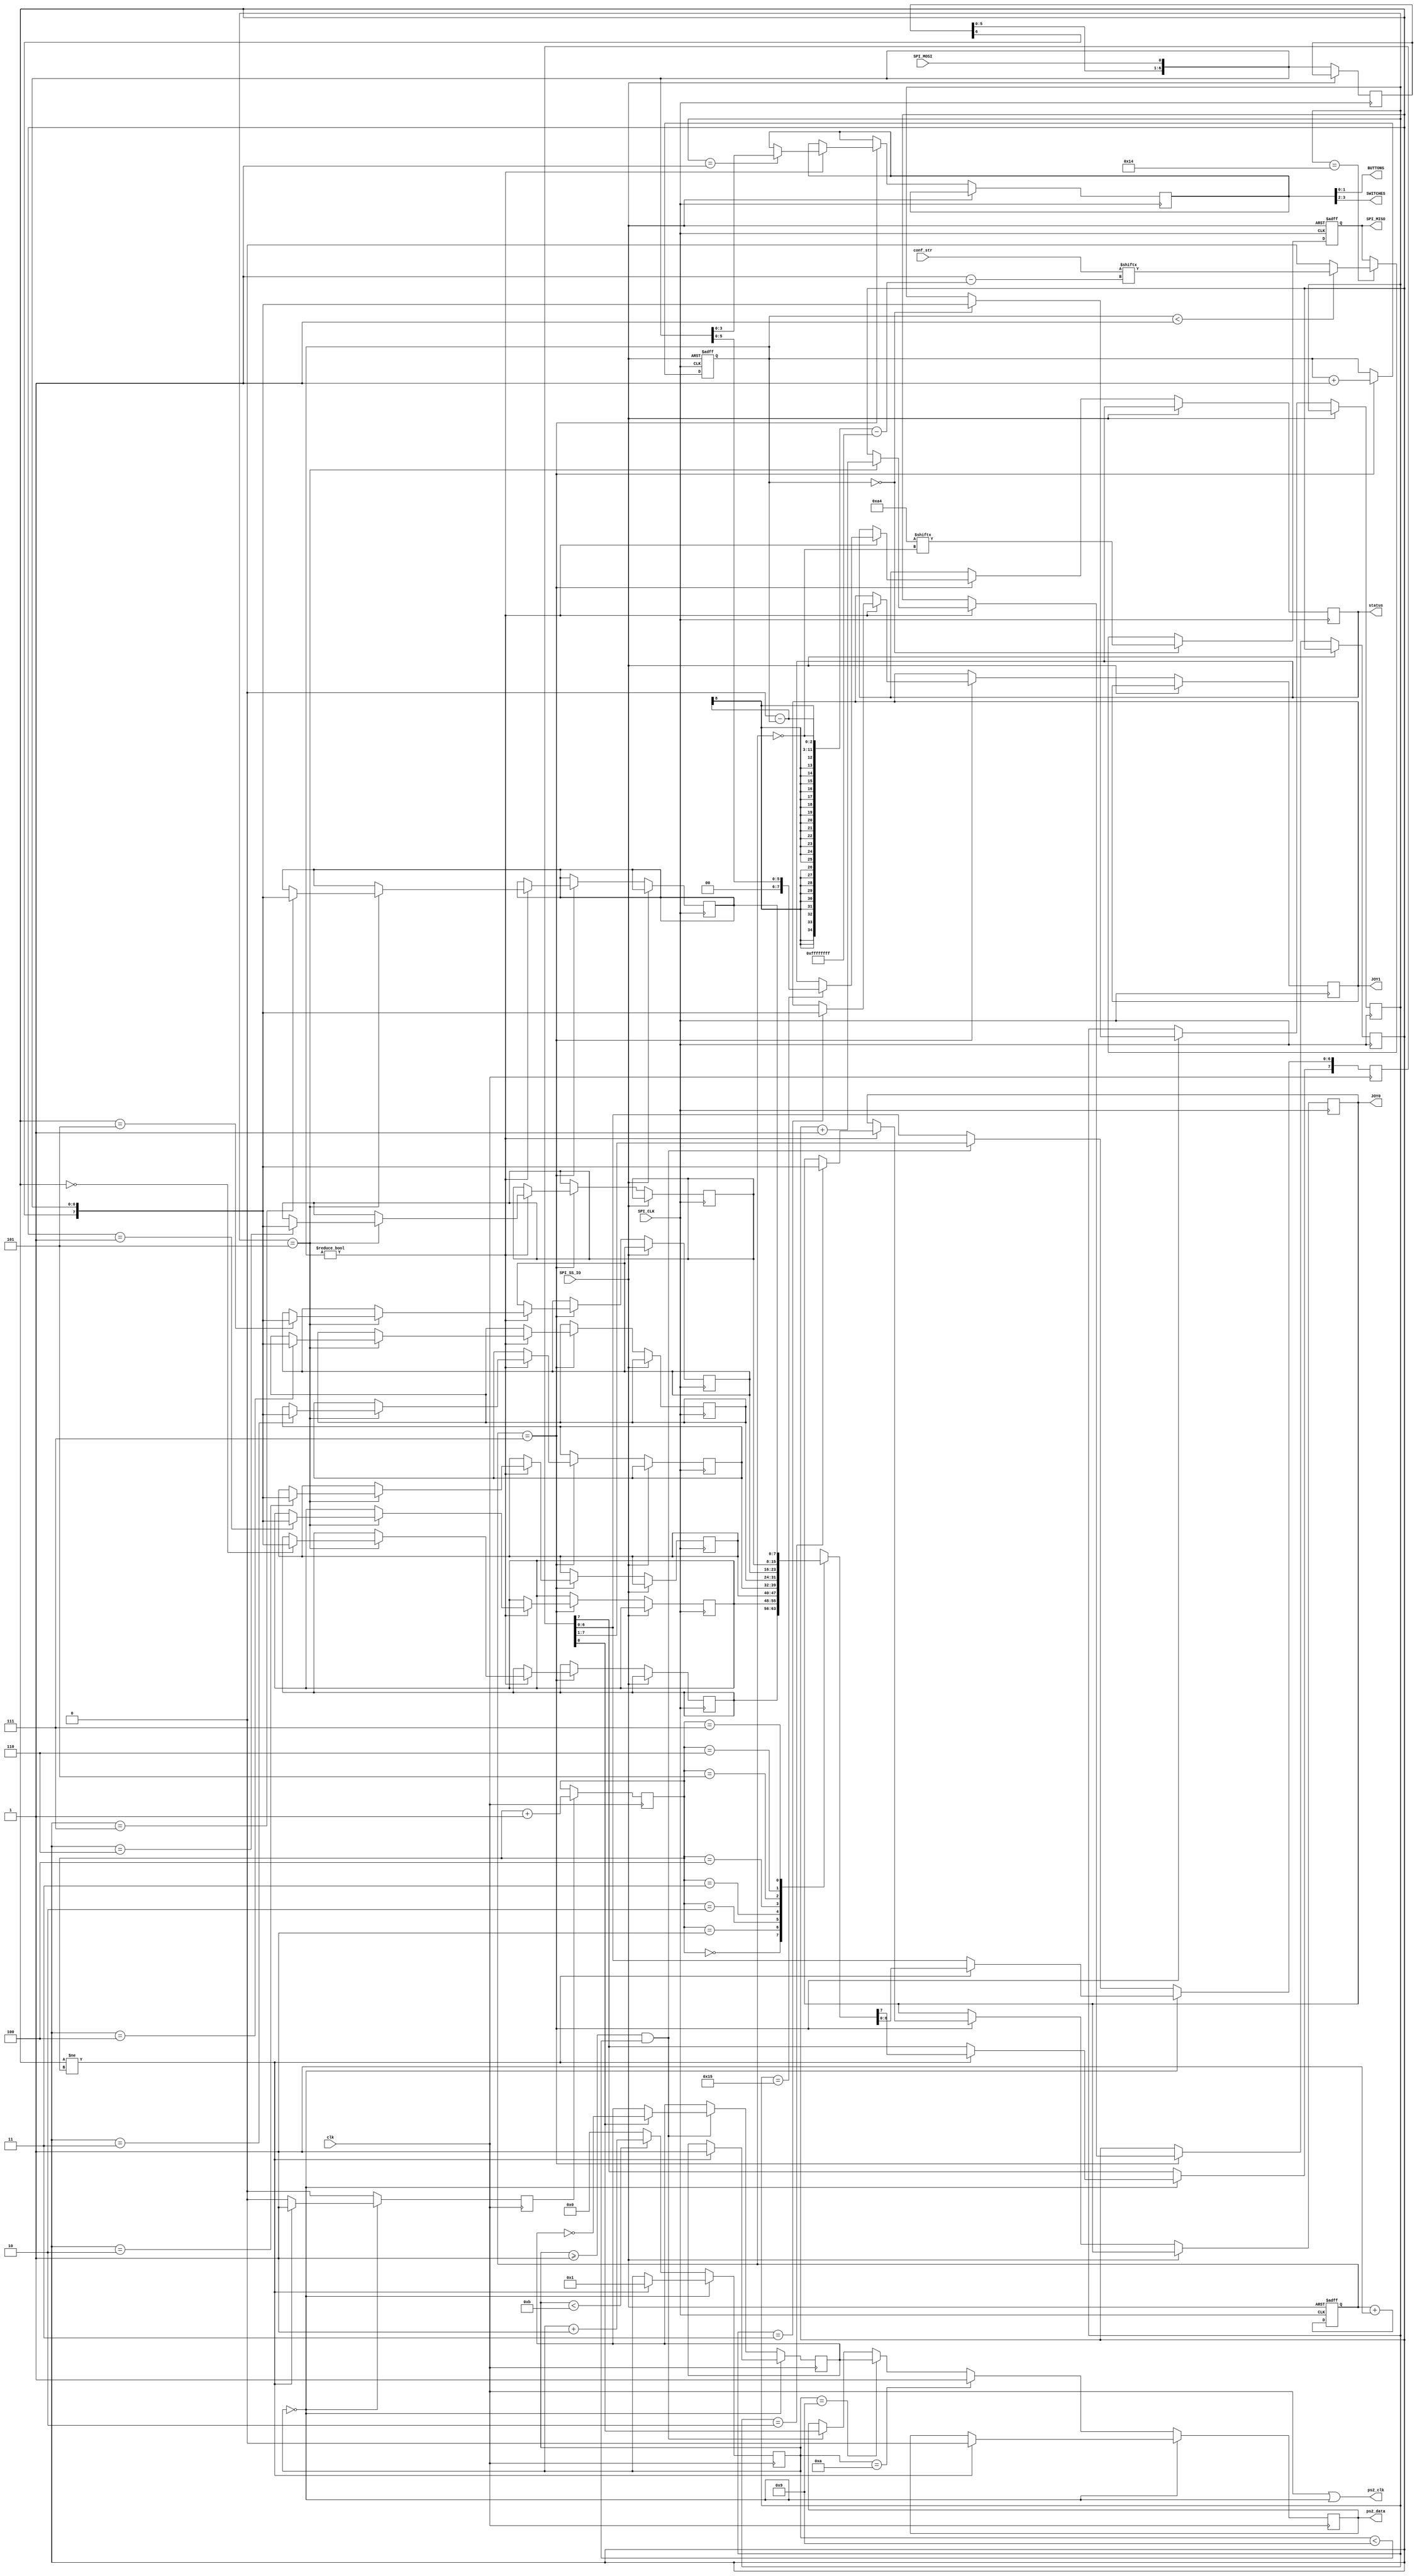
//
// user_io.v
//
// user_io for the MiST board
// http://code.google.com/p/mist-board/
//
// Copyright (c) 2014 Till Harbaum <till@harbaum.org>
//
// This source file is free software: you can redistribute it and/or modify
// it under the terms of the GNU General Public License as published
// by the Free Software Foundation, either version 3 of the License, or
// (at your option) any later version.
//
// This source file is distributed in the hope that it will be useful,
// but WITHOUT ANY WARRANTY; without even the implied warranty of
// MERCHANTABILITY or FITNESS FOR A PARTICULAR PURPOSE.  See the
// GNU General Public License for more details.
//
// You should have received a copy of the GNU General Public License
// along with this program.  If not, see <http://www.gnu.org/licenses/>.
//

// parameter STRLEN and the actual length of conf_str have to match

module user_io #(parameter STRLEN=0) (
	input [(8*STRLEN)-1:0] conf_str,

	input      		SPI_CLK,
	input      		SPI_SS_IO,
	output     		reg SPI_MISO,
	input      		SPI_MOSI,
	
	output [7:0] 	JOY0,
	output [7:0] 	JOY1,
	output [1:0] 	BUTTONS,
	output [1:0] 	SWITCHES,

	output reg [7:0]   status,
		
	input 	  		clk,
	output	 		ps2_clk,
	output reg 		ps2_data
);

reg [6:0]         sbuf;
reg [7:0]         cmd;
reg [2:0] 	      bit_cnt;    // counts bits 0-7 0-7 ...
reg [7:0]         byte_cnt;   // counts bytes
reg [7:0]         joystick0;
reg [7:0]         joystick1;
reg [3:0] 	      but_sw;

assign JOY0 = joystick0;
assign JOY1 = joystick1;
assign BUTTONS = but_sw[1:0];
assign SWITCHES = but_sw[3:2];

// this variant of user_io is for 8 bit cores (type == a4) only
wire [7:0] core_type = 8'ha4;

// drive MISO only when transmitting core id
always@(negedge SPI_CLK or posedge SPI_SS_IO) begin
	if(SPI_SS_IO == 1) begin
	   SPI_MISO <= 1'bZ;
	end else begin
		// first byte returned is always core type, further bytes are 
		// command dependent
      if(byte_cnt == 0) begin
		  SPI_MISO <= core_type[~bit_cnt];
		end else begin
			// reading config string
		   if(cmd == 8'h14) begin
				// returning a byte from string
				if(byte_cnt < STRLEN + 1)
					SPI_MISO <= conf_str[{STRLEN - byte_cnt,~bit_cnt}];
				else
					SPI_MISO <= 1'b0;
			end
		end
   end
end

// 8 byte fifo to store ps2 bytes
localparam PS2_FIFO_BITS = 3;
reg [7:0] ps2_fifo [(2**PS2_FIFO_BITS)-1:0];
reg [PS2_FIFO_BITS-1:0] ps2_wptr;
reg [PS2_FIFO_BITS-1:0] ps2_rptr;

// ps2 transmitter state machine
reg [3:0] ps2_tx_state;
reg [7:0] ps2_tx_byte;
reg ps2_parity;

assign ps2_clk = clk || (ps2_tx_state == 0);

// ps2 transmitter
// Takes a byte from the FIFO and sends it in a ps2 compliant serial format.
reg ps2_r_inc;
always@(posedge clk) begin
	ps2_r_inc <= 1'b0;
	
	if(ps2_r_inc)
		ps2_rptr <= ps2_rptr + 1;

	// transmitter is idle?
	if(ps2_tx_state == 0) begin
		// data in fifo present?
		if(ps2_wptr != ps2_rptr) begin
			// load tx register from fifo
			ps2_tx_byte <= ps2_fifo[ps2_rptr];
			ps2_r_inc <= 1'b1;
			
			// reset parity
			ps2_parity <= 1'b1;
			
			// start transmitter
			ps2_tx_state <= 4'd1;

			// put start bit on data line
			ps2_data <= 1'b0;			// start bit is 0
		end
	end else begin
	
		// transmission of 8 data bits
		if((ps2_tx_state >= 1)&&(ps2_tx_state < 9)) begin
			ps2_data <= ps2_tx_byte[0];			  // data bits
			ps2_tx_byte[6:0] <= ps2_tx_byte[7:1]; // shift down
			if(ps2_tx_byte[0]) 
				ps2_parity <= !ps2_parity;
		end

		// transmission of parity
		if(ps2_tx_state == 9)
			ps2_data <= ps2_parity;
			
		// transmission of stop bit
		if(ps2_tx_state == 10)
			ps2_data <= 1'b1;			// stop bit is 1

		// advance state machine
		if(ps2_tx_state < 11)
			ps2_tx_state <= ps2_tx_state + 4'd1;
		else	
			ps2_tx_state <= 4'd0;
	
	end
end

// SPI receiver
always@(posedge SPI_CLK or posedge SPI_SS_IO) begin

	if(SPI_SS_IO == 1) begin
	   bit_cnt <= 3'd0;
	   byte_cnt <= 8'd0;
	end else begin
		sbuf[6:0] <= { sbuf[5:0], SPI_MOSI };
		bit_cnt <= bit_cnt + 3'd1;
		if(bit_cnt == 7) byte_cnt <= byte_cnt + 8'd1;

		// finished reading command byte
      if(bit_cnt == 7) begin
			if(byte_cnt == 0)
				cmd <= { sbuf, SPI_MOSI};

			if(byte_cnt != 0) begin
				if(cmd == 8'h01)
					but_sw <= { sbuf[2:0], SPI_MOSI }; 

				if(cmd == 8'h02)
					joystick0 <= { sbuf, SPI_MOSI };
				 
				if(cmd == 8'h03)
					joystick1 <= { sbuf, SPI_MOSI };
				 
				if(cmd == 8'h05) begin
					// store incoming keyboard bytes in 
					ps2_fifo[ps2_wptr] <= { sbuf, SPI_MOSI }; 
					ps2_wptr <= ps2_wptr + 1;
				end
				
				if(cmd == 8'h15) begin
					status <= { sbuf[4:0], SPI_MOSI };
				end
			end
		end
	end
end
   
endmodule